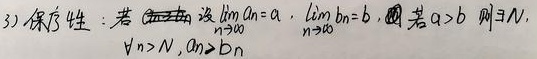
保序性：若\(\lim\limits_{n \to \infty} a_{n}=a\)，\(\lim\limits_{n \to \infty} b_{n}=b\)，且\(a > b\)，则\(\exists N\)，\(\forall n > N\)，\(a_{n}>b_{n}\)